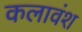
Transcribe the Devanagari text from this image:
कलावंश